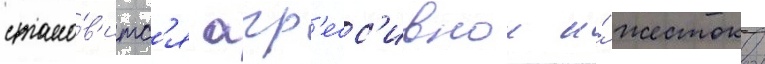
стано́в'итс'я агр'есс'ивнои и́ жестокои